[Report on the health of British troops in the Madras command]
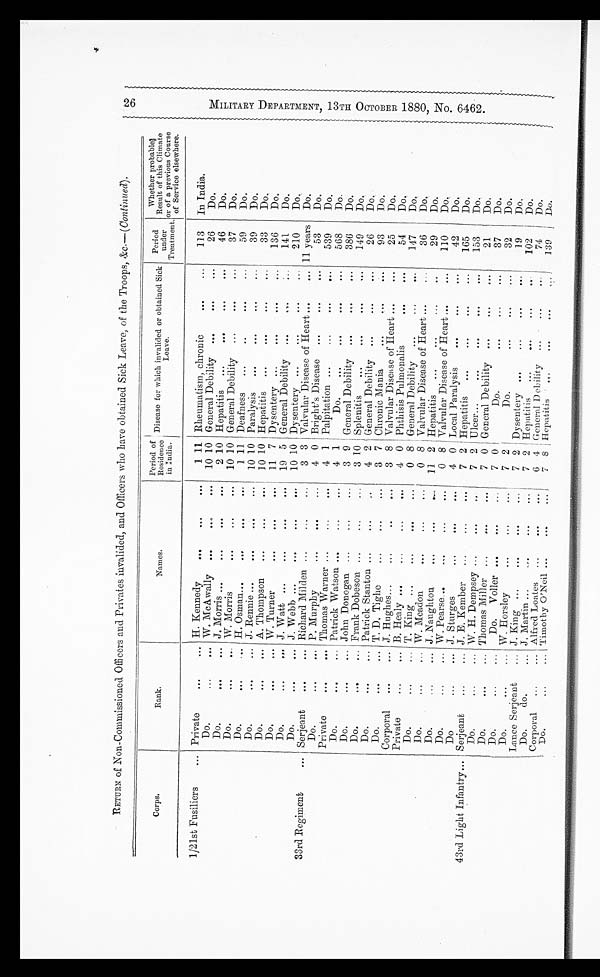
RETURN of Non-Commissioned Officers and Privates invalided, and Officers who have obtained Sick Leave, of the Troops, &c.—( Continued).
Corps.
Rank.
Names.
Period of
Residence
in India.
Disease for which invalided or obtained Sick
Leave.
Period
under
Treatment.
Whether probable
Result of this Climate
or of a previous Course
of Service elsewhere.
1/21st Fusiliers
... Private
...
... H. Kennedy
...
...
...
1 11 Rheumatism, chronic
...
...
113
In India.
Do.
...
... W. McAwally ...
...
... 10 10 General Debility ...
...
...
26
Do.
Do.
...
... J. Morris ...
...
...
...
2 10 Hepatitis ...
...
... ...
46
Do.
Do.
...
... W. Morris
...
...
...
10 10 General Debility
...
...
...
37
Do.
Do.
... ... H. Osman...
...
...
...
1 11 Deafness
...
...
...
...
59
Do.
Do.
...
... J. Rennie ...
...
...
...
10 10 Paralysis
... ...
...
...
39
Do.
Do.
...
... A. Thompson
...
...
...
10 10 Hepatitis
...
...
...
...
33
Do.
Do.
...
...
W . T u r n e r
W. Turner
...
...
...
11 7 I Dysentery ...
...
...
...
136
Do.
Do.
...
... J. Watt ...
...
...
...
19 5 General Debility
...
...
...
141
Do.
Do.
...
... J. Webb ...
...
...
...
10 10 Dysentery ...
...
...
...
210
Do.
33rd Regiment
... Serjeant
...
... Richard Milden ...
...
...
3 3 Valvular Disease of Heart... ...
... 11 years
Do.
Do.
...
... P. Murphy
...
...
...
4 0 Bright's Disease
...
...
...
53
Do.
Private
...
... Thomas Warner ...
...
...
4 1 Palpitation ...
...
...
...
539
Do.
Do.
...
... Patrick Watson ...
...
...
4 1
Do.
... ...
...
...
568
Do.
Do.
...
... John Donogan
Donoua
...
...
...
3 9 General Debility ...
...
...
386
Do.
Do.
...
... Frank Dobeson ... ...
...
3 10 Splenitis
...
...
...
149
Do.
Do.
...
... Patrick Stanton ...
...
...
4 2 General Debility ...
...
...
26
Do.
Do.
...
... T. D, Tighe
...
...
...
3 7 Chronic Mania
...
...
...
93
Do.
Corporal
...
... J. Hughes.
...
..
...
3 8 Valvular Disease of Heart ...
...
25
Do.
Private
...
... B. Healy ...
...
...
...
4 0 Phthisis Pulmonalis
...
...
54
Do.
Do.
...
... T. King ...
...
...
...
0 8 General Debility
...
... ...
147
Do.
Do.
...
... W. Meadon
...
...
...
0 8 Valvular Disease of Heart ... ...
36
Do.
Do.
...
... J. Naughtou
...
...
...
11 2 Hepatitis
...
...
...
...
29
Do.
Do.
...
... W. Pearse...
...
...
...
0 8 Valvular Disease of Heart ...
...
110
Do.
Do
...
... J. Sturges
...
...
...
4 0 Local Paralysis
...
... ...
42
Do.
43rd Light Infantry... Serjeant
...
... J. E. Kember
...
...
...
7 2 Hepatitis
... ...
...
...
165
Do.
Do.
...
... W. H. Dempsey ...
...
...
7 2 Ulcer...
...
...
...
...
153
Do.
Do.
...
... Thomas Miller ...
...
...
7 0 1 General Debility ...
...
...
21
Do.
Do.
...
...
Do.
Voller ...
...
...
7 0
Do.
...
...
...
37
Do.
Do.
...
... W. Horsley
...
... ...
7 2
Do. ...
... ...
...
32
Do.
Lance Serjeant
...
... J . King ...
...
...
...
7 2 Dysentery ...
...
...
...
19
Do.
Do.
do.
... J. Martin ...
....
...
...
7 2 Hepatitis
...
...
...
...
102
Do.
Corporal
...
... Alfred Loates
...
...
...
6 4 General Debility ...
...
...
74
Do.
Do.
...
... 'Timothy O'Neil ...
...
...
7
8 Hepatitis ...
. . . ...
...
139
Do.
2 6 . M I L I T A R Y D E P A R T M E N T , 1 3 T H O C T O B E R 1 8 8 0 , N O . 6 4 6 2 .